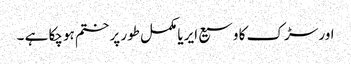
اور سڑک کا وسیع ایریا مکمل طور پر ختم ہوچکا ہے ۔